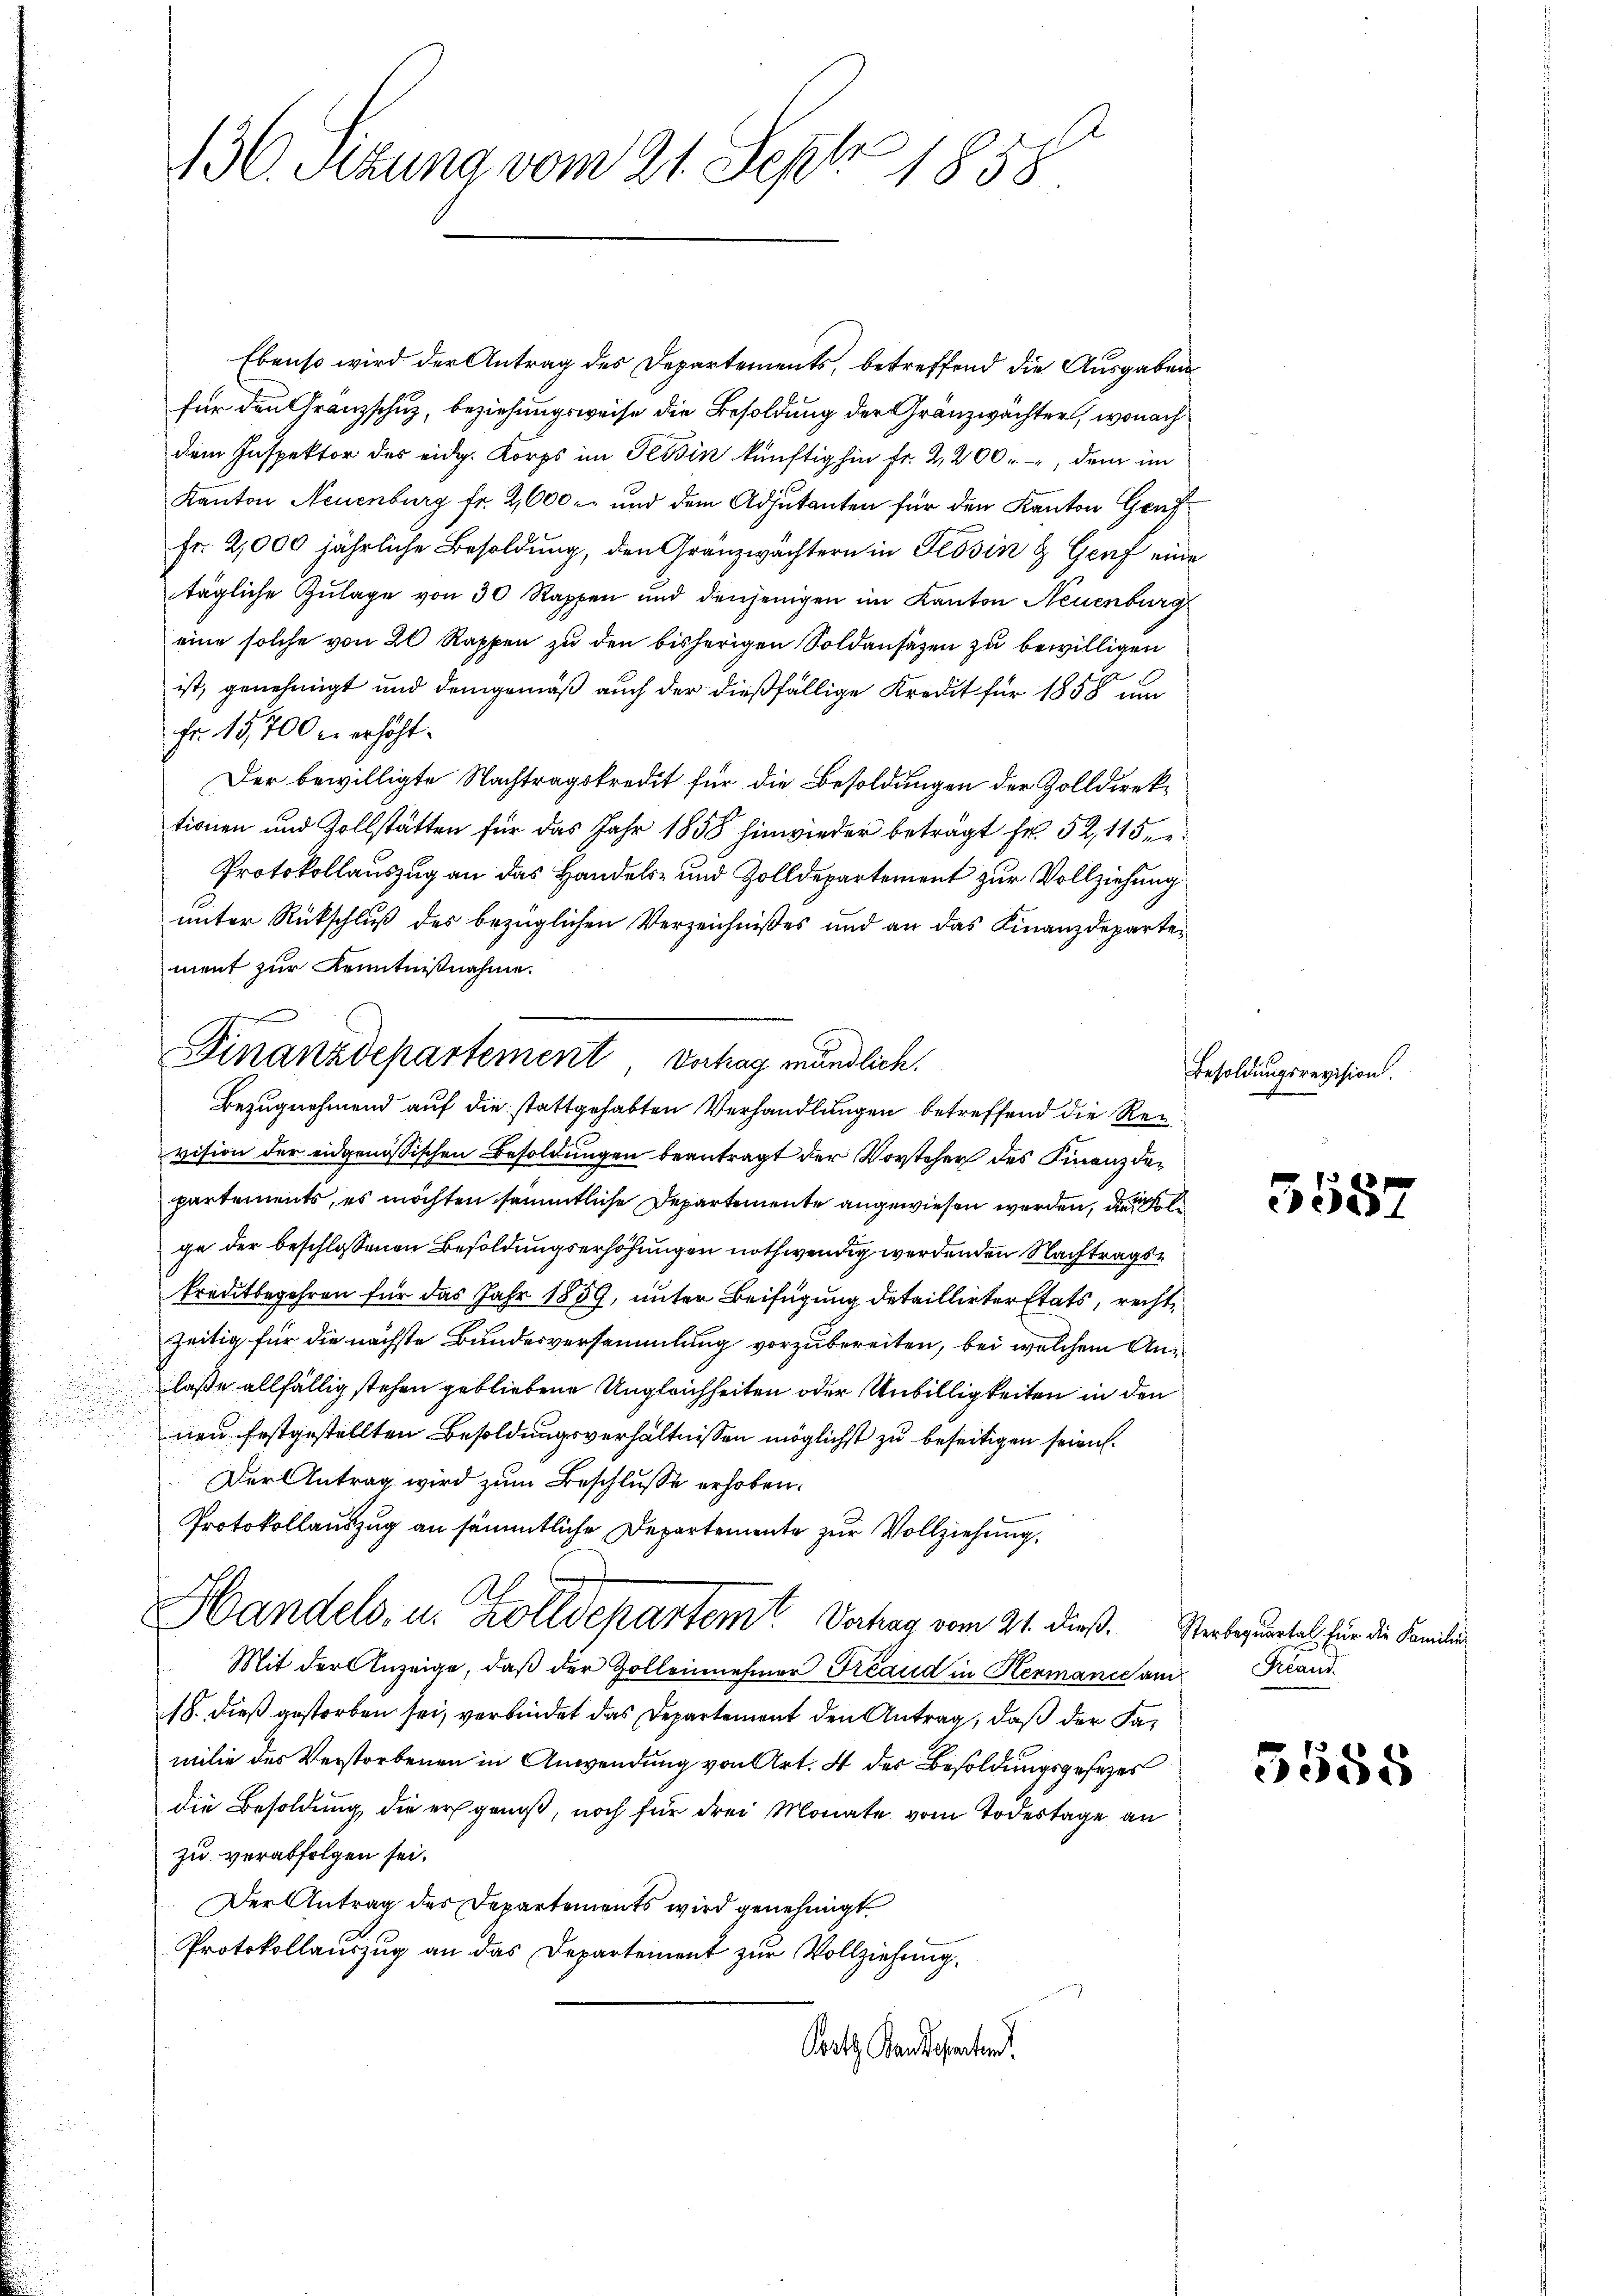
Ebenso wird der Antrag des Departements, betreffend die Ausgabenfür den Gränzschuz, beziehungsweise die Besoldung der Gränzwächter, wonach
dem Inspektor des eidg. Korps im Tessin künftighin fr. 2,200, dem im
Kanton Neuenburg fr. 2,000. und dem Adjutanten für den Kanton Genf
Fr. 2,000 jährliche Besoldung, den Gränzwächtern in Tessin & Genf eine
tägliche Zulage von 30 Rappen und denjenigen im Kanton Neuenburg
eine solche von 20 Rappen zu den bisherigen Soldansätzen zu bewilligen
ist, genehmigt und demgemäß auch der dießfällige Kredit für 1858 um
Fr. 15,700 r. erhöht.
Der bewilligte Nachtragskredit für die Besoldungen der Zolldirektionen und Zollstätten für das Jahr 1858 hinwieder beträgt Fr. 52, 115.
Protokollauszug an das Handels- und Zolldepartement zur Vollziehung
unter Rückschluß des bezüglichen Verzeichnißes und an das Finanzdepartement zur Kenntnißnahme.
vision der eidgenössischen Besoldungen beantragt der Vorsteher des Finanzdepartements, es möchten sämmtliche Departemente angewiesen werden, die Poli
ge der beschlossenen Besoldungserhöhungen nothwendig werdenden Nachtragskreditbegehren für das Jahr 1859, unter Beifügung detaillirter Etats, rechtzeitig für die nächste Bundesversammlung vorzubereiten, bei welchem Anlaße allfällig stehen gebliebene Ungleichheiten oder Unbilligkeiten in den
nen festgestellten Besoldungsverhältnissen möglichst zu beseitigen seien.
Der Antrag wird zum Beschlusse erhoben.
Protokollauszug an sämmtliche Departemente zur Vollziehung,
Handels- u. Zolldepartemt. Verhag vom 21. dieß. Verbeurtel für die Familie
Mit der Anzeige, daß der Zolleinehmer Freaud in Hermanie am Grand
18. dieß gestorben sei, verbindet das Departement den Antrag, daß der Familie des Verstorbenen in Anwendung von Art. 4 des Besoldungsgesetzes
die Besoldung, die er genoß, noch für drei Monate vom Todestage an
zu verabfolgen sei.
Der Antrag des Departements wird genehmigt
Protokollauszug an das Departement zur Vollziehung
Pertz Bandesanten.

136. Sizung vom 21. Sept 1858

Finanzdepartement Verhag mündlich.
Bezugnehmend auf die stattgehabten Verhandlungen betreffend die Rei¬

Besoldungsrevision.

3587

3588